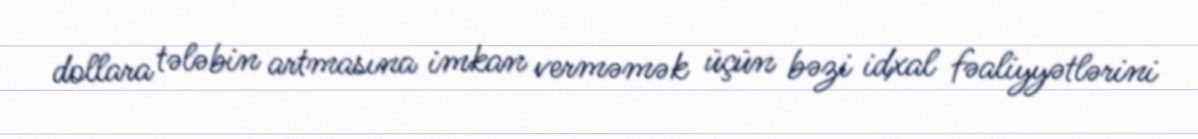
dollara tələbin artmasına imkan verməmək üçün bəzi idxal fəaliyyətlərini